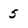
Character: 5